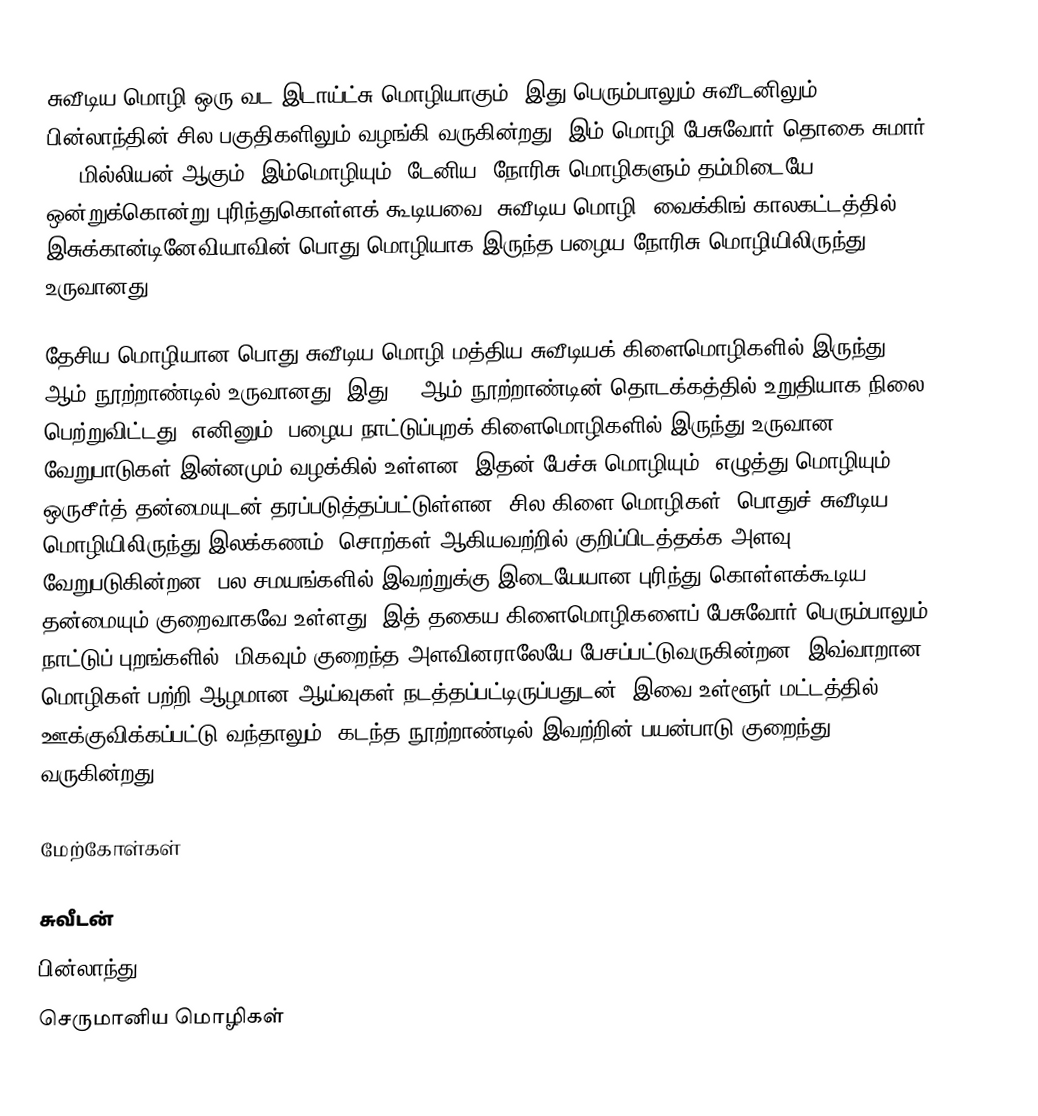
சுவீடிய மொழி ஒரு வட இடாய்ட்சு மொழியாகும். இது பெரும்பாலும் சுவீடனிலும், பின்லாந்தின் சில பகுதிகளிலும் வழங்கி வருகின்றது. இம் மொழி பேசுவோர் தொகை சுமார் 9.3 மில்லியன் ஆகும். இம்மொழியும், டேனிய, நோரிசு மொழிகளும் தம்மிடையே ஒன்றுக்கொன்று புரிந்துகொள்ளக் கூடியவை. சுவீடிய மொழி, வைக்கிங் காலகட்டத்தில், இசுக்கான்டினேவியாவின் பொது மொழியாக இருந்த பழைய நோரிசு மொழியிலிருந்து உருவானது.

தேசிய மொழியான பொது சுவீடிய மொழி மத்திய சுவீடியக் கிளைமொழிகளில் இருந்து 19 ஆம் நூற்றாண்டில் உருவானது. இது 20 ஆம் நூற்றாண்டின் தொடக்கத்தில் உறுதியாக நிலை பெற்றுவிட்டது. எனினும், பழைய நாட்டுப்புறக் கிளைமொழிகளில் இருந்து உருவான வேறுபாடுகள் இன்னமும் வழக்கில் உள்ளன. இதன் பேச்சு மொழியும், எழுத்து மொழியும் ஒருசீர்த் தன்மையுடன் தரப்படுத்தப்பட்டுள்ளன. சில கிளை மொழிகள், பொதுச் சுவீடிய மொழியிலிருந்து இலக்கணம், சொற்கள் ஆகியவற்றில் குறிப்பிடத்தக்க அளவு வேறுபடுகின்றன. பல சமயங்களில் இவற்றுக்கு இடையேயான புரிந்து கொள்ளக்கூடிய தன்மையும் குறைவாகவே உள்ளது. இத் தகைய கிளைமொழிகளைப் பேசுவோர் பெரும்பாலும் நாட்டுப் புறங்களில், மிகவும் குறைந்த அளவினராலேயே பேசப்பட்டுவருகின்றன. இவ்வாறான மொழிகள் பற்றி ஆழமான ஆய்வுகள் நடத்தப்பட்டிருப்பதுடன், இவை உள்ளூர் மட்டத்தில் ஊக்குவிக்கப்பட்டு வந்தாலும், கடந்த நூற்றாண்டில் இவற்றின் பயன்பாடு குறைந்து வருகின்றது.

மேற்கோள்கள்

சுவீடன்
பின்லாந்து
செருமானிய மொழிகள்